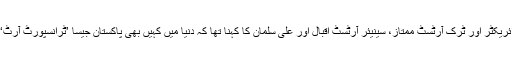
’پھول پتی‘ کے ڈائریکٹر اور ٹرک آرٹسٹ ممتاز، سینیئر آرٹسٹ اقبال اور علی سلمان کا کہنا تھا کہ دنیا میں کہیں بھی پاکستان جیسا ’ٹرانسپورٹ آرٹ‘‘ موجود نہیں ہے۔